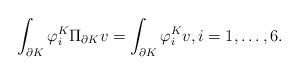
LaTeX: \begin{align*}\int_{\partial K}\varphi_i^K\Pi_{\partial K}v=\int_{\partial K}\varphi_i^Kv,i=1,\ldots,6.\end{align*}